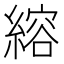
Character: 𫃻